Lunatic asylums Central Provinces reports 1895-1909 - 1895-1909
Year: 1895
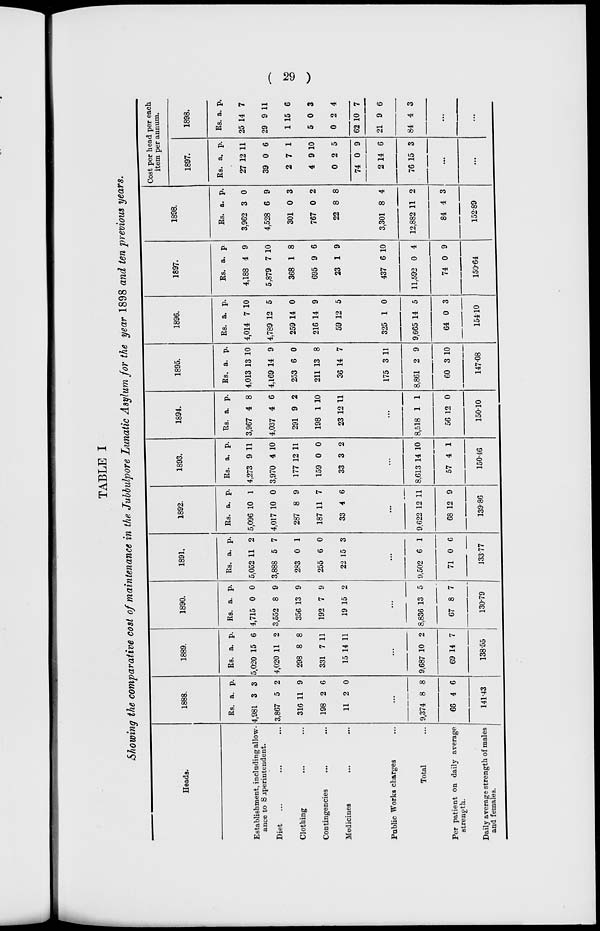
( 29 )
TABLE I
Showing the comparative cost of maintenance in the Jubbulpore Lunatic Asylum for the year 1898 and ten previous years.
Heads.
Establishment, including allow-
ance to Superintendent.
Diet ... ... ...
Clothing ... ... ...
Contingencies ... ...
Medicines ... ...
Public Works charges ...
Total ...
Per patient on daily average
strength.
Daily average strength of males
and females.
1888.
Rs.
4,981
3,867
316
198
11
a.
3
5
11
2
2
p.
3
2
9
6
0
...
9,374
66
8
4
8
6
141.43
1889.
Rs.
5,020
4,020
298
331
15
a.
15
11
8
7
14
p.
6
2
8
11
11
...
9,687
69
10
14
2
7
138.55
1890.
Rs.
4,715
3,552
356
192
19
a.
0
8
13
7
15
p.
0
9
9
9
2
...
8,836
67
13
8
5
7
130.79
1891.
Rs.
5,052
3,888
283
255
22
a.
11
5
0
6
15
p.
2
7
1
0
3
...
9,502
71
6
0
1
6
133.77
1892.
Rs.
5,096
4,017
287
187
33
a.
10
10
8
11
4
p.
1
0
9
7
6
...
9,622
68
12
12
11
9
139.86
1893.
Rs.
4,273
3,970
177
159
33
a.
9
4
12
0
3
p.
11
10
11
0
2
...
8,613 1
57
4
4
10
1
150.46
1894.
Rs.
3,967
4,037
291
198
23
a.
4
4
9
1
12
p.
8
6
2
10
11
...
8,518
56
1
12
1
0
150.10
1895.
Rs.
4,013
4,169
253
211
36
a.
13
14
6
13
14
p.
10
9
0
8
7
175
8,861
60
3
2
3
11
9
10
147.08
1896.
Rs.
4,014
4,789
259
216
59
a.
7
12
14
14
12
p.
10
5
0
9
5
325
9,665
64
1
14
0
0
5
3
154.10
1897.
Rs.
4,188
5,879
368
695
23
a.
4
7
1
9
1
p.
9
10
8
6
9
437
11,592
74
6
0
0
10
4
9
150.64
1898.
Rs.
3,962
4,528
301
767
22
a.
3
6
0
0
8
p.
0
9
3
2
8
3,301
12,882
84
8
11
4
4
2
3
152.89
Cost per head per each
item per annum.
1897.
Rs.
27
39
2
4
0
74
2
76
a.
12
0
7
9
2
0
14
15
p.
11
6
1
10
5
9
6
3
...
...
1898.
Rs.
25
29
1
5
0
62
21
84
a.
14
9
15
0
2
10
9
4
p.
7
11
6
3
4
7
6
3
...
...